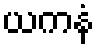
ယကနံ